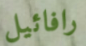
رافائيل